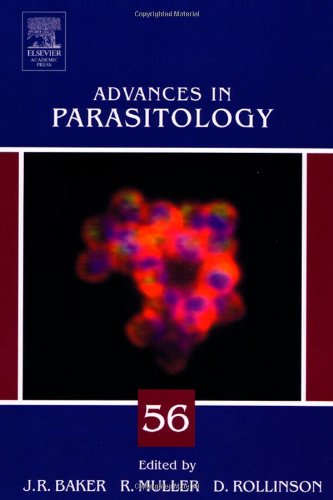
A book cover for Advances in Parasitology, Vol. 56; Medical Books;